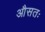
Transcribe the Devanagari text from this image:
औसतः